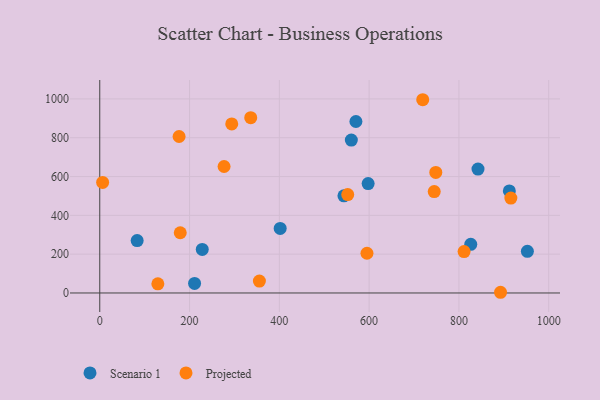
{"axis": {"x": "Speed", "y": "Exam Score"}, "legend": ["Projected", "Scenario 1"], "data": [{"x": "597.8", "y": 563.6, "type": "Scenario 1"}, {"x": "401.9", "y": 332.5, "type": "Scenario 1"}, {"x": "912.3", "y": 525.9, "type": "Scenario 1"}, {"x": "228.3", "y": 224.2, "type": "Scenario 1"}, {"x": "570.6", "y": 883.8, "type": "Scenario 1"}, {"x": "952.5", "y": 214.6, "type": "Scenario 1"}, {"x": "560.4", "y": 787.9, "type": "Scenario 1"}, {"x": "211.2", "y": 49.1, "type": "Scenario 1"}, {"x": "83.3", "y": 269.9, "type": "Scenario 1"}, {"x": "826.4", "y": 250.9, "type": "Scenario 1"}, {"x": "543.9", "y": 500.5, "type": "Scenario 1"}, {"x": "842.5", "y": 638.7, "type": "Scenario 1"}, {"x": "294.0", "y": 871.3, "type": "Projected"}, {"x": "179.3", "y": 310.4, "type": "Projected"}, {"x": "748.5", "y": 621.3, "type": "Projected"}, {"x": "719.4", "y": 995.9, "type": "Projected"}, {"x": "595.2", "y": 204.7, "type": "Projected"}, {"x": "892.7", "y": 3.6, "type": "Projected"}, {"x": "355.6", "y": 61.5, "type": "Projected"}, {"x": "176.7", "y": 806.5, "type": "Projected"}, {"x": "915.7", "y": 489.2, "type": "Projected"}, {"x": "276.9", "y": 651.8, "type": "Projected"}, {"x": "745.0", "y": 522.6, "type": "Projected"}, {"x": "811.5", "y": 213.3, "type": "Projected"}, {"x": "336.3", "y": 903.5, "type": "Projected"}, {"x": "6.4", "y": 569.5, "type": "Projected"}, {"x": "552.3", "y": 506.9, "type": "Projected"}, {"x": "129.4", "y": 47.1, "type": "Projected"}]}